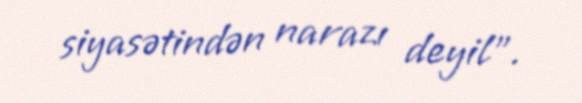
siyasətindən narazı deyil”.